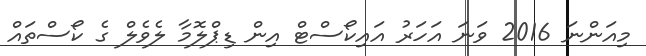
މިއަންނަ 2016 ވަނަ އަހަރު އައިކޯސްޓް އިން ޑިޕްލޮމާ ލެވެލް ގެ ކޯސްތައް